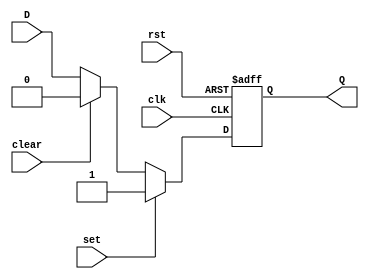
module DFF (
    input wire clk,       // Clock input
    input wire rst,       // Synchronous reset input
    input wire set,       // Asynchronous set input
    input wire clear,     // Synchronous clear input
    input wire D,         // Data input
    output reg Q          // Output
);

always @(posedge clk or posedge rst) begin
    if (rst) begin
        Q <= 1'b0;       // Synchronous reset
    end else if (set) begin
        Q <= 1'b1;       // Asynchronous set
    end else if (clear) begin
        Q <= 1'b0;       // Synchronous clear
    end else begin
        Q <= D;          // Data input
    end
end

endmodule